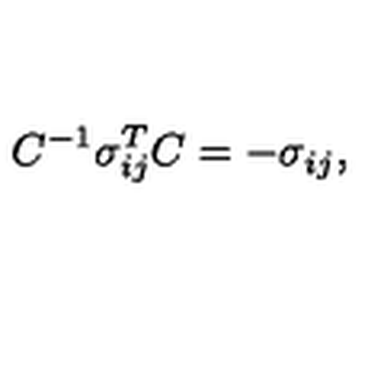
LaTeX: C ^ { - 1 } \sigma _ { i j } ^ { T } C = - \sigma _ { i j } ,